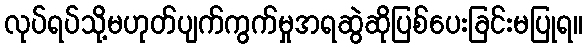
လုပ်ရပ်သို့မဟုတ်ပျက်ကွက်မှုအရဆွဲဆိုပြစ်ပေးခြင်းမပြုရ။